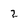
Character: 2